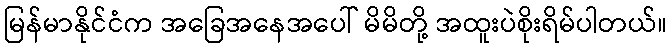
မြန်မာနိုင်ငံက အခြေအနေအပေါ် မိမိတို့ အထူးပဲစိုးရိမ်ပါတယ်။